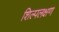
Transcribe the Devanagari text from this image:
शिल्पलक्षण